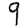
Digit: 9